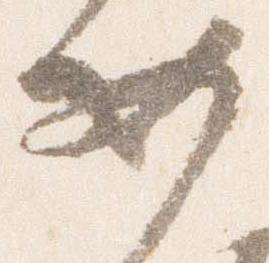
女